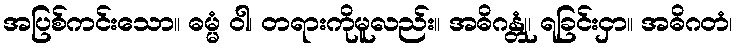
အပြစ်ကင်းသော။ ဓမ္မံ ဝါ၊ တရားကိုမူလည်း။ အဓိဂန္တုံ၊ ရခြင်းငှာ။ အဓိဂတံ၊